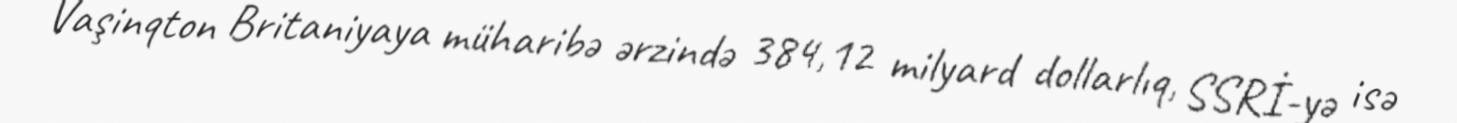
Vaşinqton Britaniyaya müharibə ərzində 384,12 milyard dollarlıq, SSRİ-yə isə